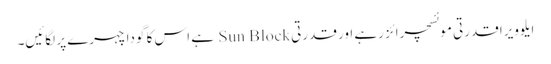
ایلوویرا قدرتی موئسچرائز رہے اور قدرتی Sun Block ہے اس کا گودا چہرے پر لگائیں۔